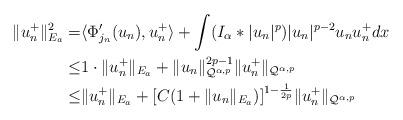
LaTeX: \begin{align*} \aligned\|u_n^+\|_{E_a}^2=&\langle\Phi'_{j_n}(u_n),u_n^+\rangle+\int(I_\alpha\ast|u_n|^p)|u_n|^{p-2}u_nu_n^+dx \\\leq&1\cdot\|u_n^+\|_{E_a}+\|u_n\|_{\mathcal Q^{\alpha,p}}^{2p-1}\|u_n^+\|_{\mathcal Q^{\alpha,p}}\\\leq&\|u_n^+\|_{E_a}+[C(1+\|u_n\|_{E_a})]^{1-\frac{1}{2p}}\|u_n^+\|_{\mathcal Q^{\alpha,p}} \endaligned\end{align*}